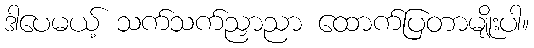
ဒါပေမယ့် သက်သက်ညှာညာ ထောက်ပြတာမျိုးပါ။